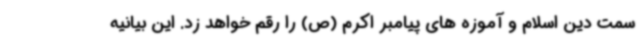
سمت دین اسلام و آموزه های پیامبر اکرم (ص) را رقم خواهد زد. این بیانیه